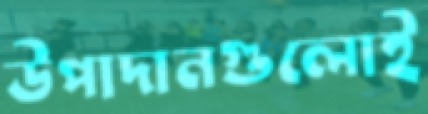
উপাদানগুলোই